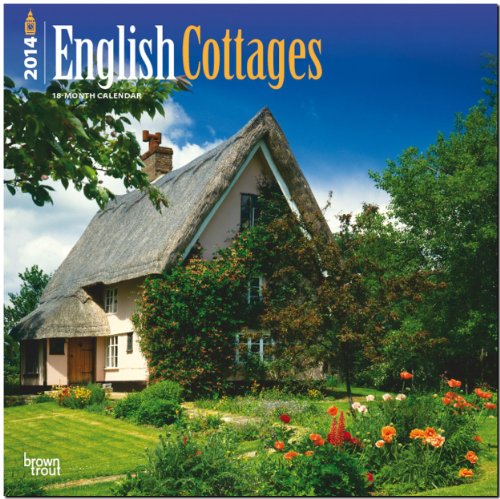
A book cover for English Cottages Calendar (Multilingual Edition); Calendars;